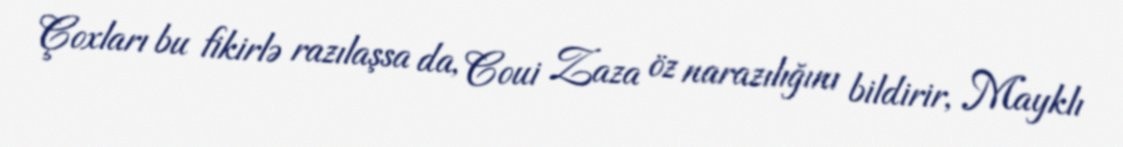
Çoxları bu fikirlə razılaşsa da, Coui Zaza öz narazılığını bildirir, Mayklı